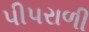
પીપરાળી